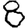
Digit: 8